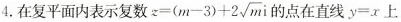
4.在复平面内表示复数$$z=(m-3)+2 \sqrt{m}i$$的点在直线$$y=x$$上